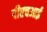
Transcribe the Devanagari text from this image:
पीएचआई